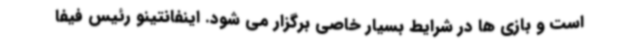
است و بازی ها در شرایط بسیار خاصی برگزار می شود. اینفانتینو رئیس فیفا